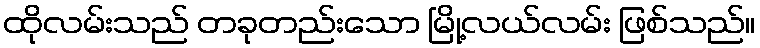
ထိုလမ်းသည် တခုတည်းသော မြို့လယ်လမ်း ဖြစ်သည်။